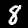
Digit: 8